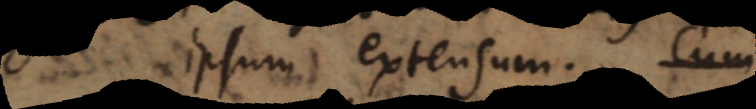
ipsum extensum. Si